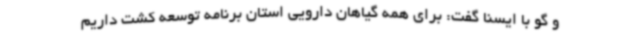
و گو با ایسنا گفت: برای همه گیاهان دارویی استان برنامه توسعه کشت داریم